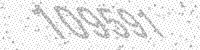
Solution: 109591